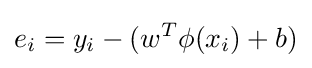
e_{i}=y_{i}-(w^{T}\phi (x_{i})+b)